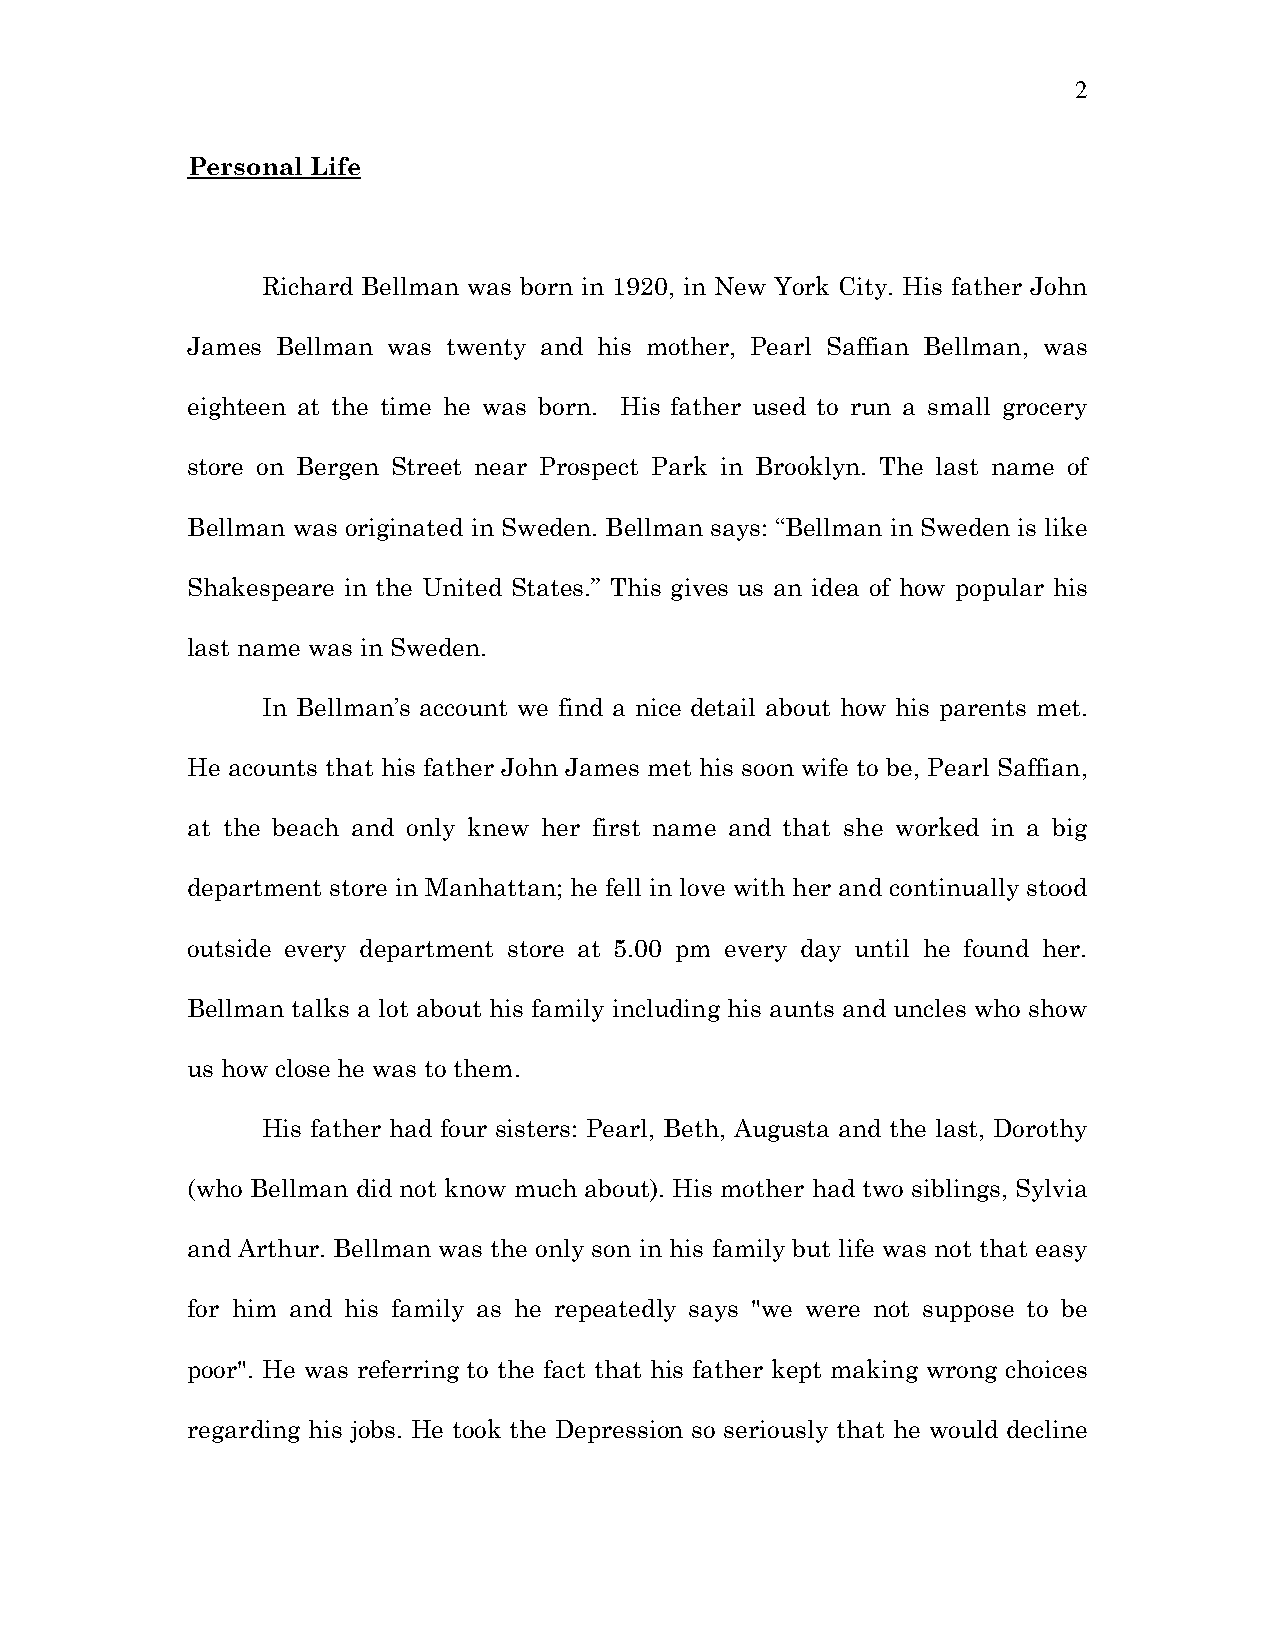
2
 Personal Life
 Richard Bellman was born in 1920, in New York City. His father John
 James Bellman was twenty and his mother, Pearl Saffian Bellman, was
 eighteen at the time he was born. His father used to run a small grocery
 store on Bergen Street near Prospect Park in Brooklyn. The last name of
 Bellman was originated in Sweden. Bellman says: “Bellman in Sweden is like
 Shakespeare in the United States.” This gives us an idea of how popular his
 last name was in Sweden.
 In Bellman’s account we find a nice detail about how his parents met.
 He acounts that his father John James met his soon wife to be, Pearl Saffian,
 at the beach and only knew her first name and that she worked in a big
 department store in Manhattan; he fell in love with her and continually stood
 outside every department store at 5.00 pm every day until he found her.
 Bellman talks a lot about his family including his aunts and uncles who show
 us how close he was to them.
 His father had four sisters: Pearl, Beth, Augusta and the last, Dorothy
 (who Bellman did not know much about). His mother had two siblings, Sylvia
 and Arthur. Bellman was the only son in his family but life was not that easy
 for him and his family as he repeatedly says "we were not suppose to be
 poor". He was referring to the fact that his father kept making wrong choices
 regarding his jobs. He took the Depression so seriously that he would decline